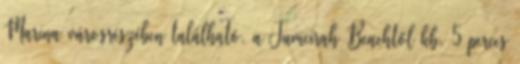
Marina városrészében található, a Jumeirah Beachtől kb. 5 perces